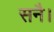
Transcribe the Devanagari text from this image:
सनै।